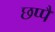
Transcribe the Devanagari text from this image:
छप्पै